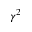
\gamma ^ { 2 }